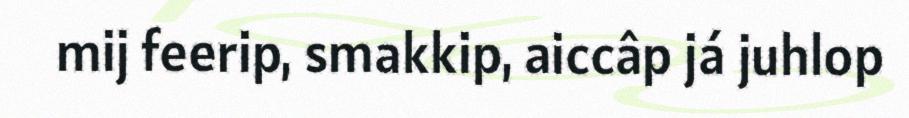
mij feerip, smakkip, aiccâp já juhlop